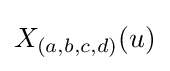
X_{(a,b,c,d)}(u)